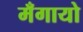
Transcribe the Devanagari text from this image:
मँगायो